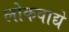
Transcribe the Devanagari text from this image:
लोकवाद्ये